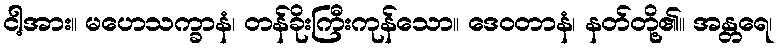
ငါ့အား။ မဟေသက္ခာနံ၊ တန်ခိုးကြီးကုန်သော။ ဒေဝတာနံ၊ နတ်တို့၏။ အန္တရေ၊